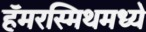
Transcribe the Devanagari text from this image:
हॅमरस्मिथमध्ये